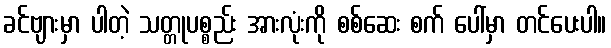
ခင်ဗျားမှာ ပါတဲ့ သတ္တုပစ္စည်း အားလုံးကို စစ်ဆေး စက် ပေါ်မှာ တင်ပေးပါ။